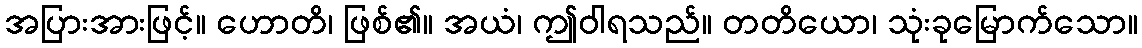
အပြားအားဖြင့်။ ဟောတိ၊ ဖြစ်၏။ အယံ၊ ဤဝါရသည်။ တတိယော၊ သုံးခုမြောက်သော။